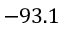
- 9 3 . 1